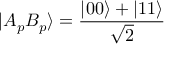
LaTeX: | A _ { p } B _ { p } \rangle = { \frac { | 0 0 \rangle + | 1 1 \rangle } { \sqrt { 2 } } }